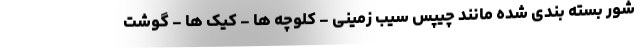
شور بسته بندی شده مانند چیپس سیب زمینی - کلوچه ها - کیک ها - گوشت